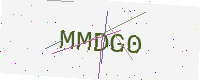
Text: MMDG0